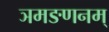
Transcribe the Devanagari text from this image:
ञमङणनम्